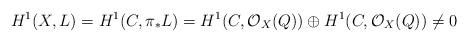
LaTeX: \begin{align*}H^{1}(X,L) = H^{1}(C,\pi_{*}L) = H^{1}(C,\mathcal{O}_{X}(Q))\oplus H^{1}(C,\mathcal{O}_{X}(Q))\neq 0\end{align*}